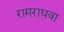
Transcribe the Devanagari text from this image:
रामराघवा